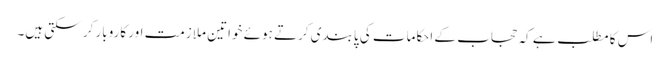
اس کا مطلب ہے کہ حجاب کے احکامات کی پابندی کرتے ہوئے خواتین ملازمت اور کاروبار کر سکتی ہیں۔